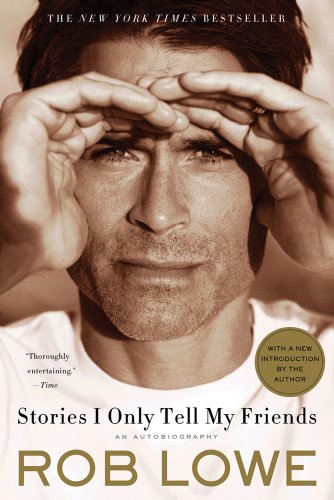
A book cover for Stories I Only Tell My Friends: An Autobiography; Rob Lowe; Biographies & Memoirs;